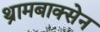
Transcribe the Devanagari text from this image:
थ्रामबाक्सेन